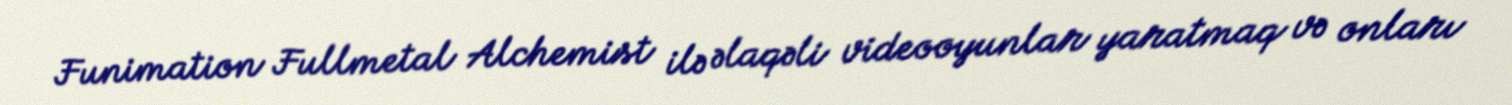
Funimation Fullmetal Alchemist ilə əlaqəli videooyunlar yaratmaq və onları